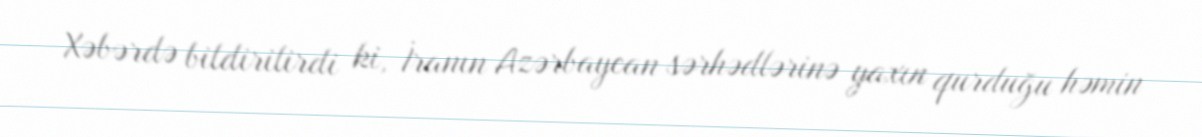
Xəbərdə bildirilirdi ki, İranın Azərbaycan sərhədlərinə yaxın qurduğu həmin